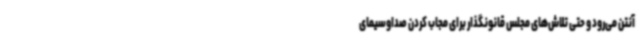
آنتن می‌رود و حتی تلاش‌های مجلس قانونگذار برای مجاب کردن صداوسیمای